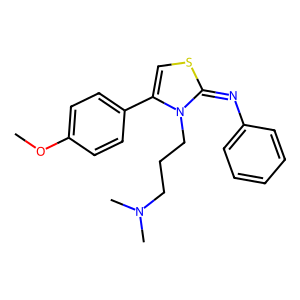
SMILES: COc1ccc(-c2csc(=Nc3ccccc3)n2CCCN(C)C)cc1
Inhibits HIV replication: No